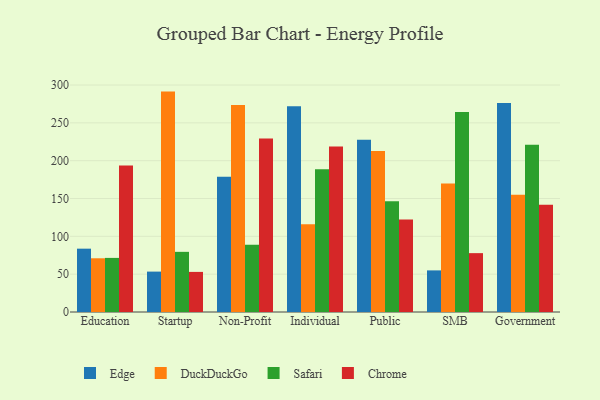
{"axis": {"x": "Segment", "y": "Tickets Resolved"}, "legend": ["Chrome", "DuckDuckGo", "Edge", "Safari"], "data": [{"x": "Education", "y": 83.7, "type": "Edge"}, {"x": "Education", "y": 71.0, "type": "DuckDuckGo"}, {"x": "Education", "y": 71.5, "type": "Safari"}, {"x": "Education", "y": 193.5, "type": "Chrome"}, {"x": "Startup", "y": 53.4, "type": "Edge"}, {"x": "Startup", "y": 291.3, "type": "DuckDuckGo"}, {"x": "Startup", "y": 79.5, "type": "Safari"}, {"x": "Startup", "y": 53.0, "type": "Chrome"}, {"x": "Non-Profit", "y": 178.8, "type": "Edge"}, {"x": "Non-Profit", "y": 273.7, "type": "DuckDuckGo"}, {"x": "Non-Profit", "y": 88.8, "type": "Safari"}, {"x": "Non-Profit", "y": 229.2, "type": "Chrome"}, {"x": "Individual", "y": 272.0, "type": "Edge"}, {"x": "Individual", "y": 116.0, "type": "DuckDuckGo"}, {"x": "Individual", "y": 188.7, "type": "Safari"}, {"x": "Individual", "y": 218.9, "type": "Chrome"}, {"x": "Public", "y": 227.6, "type": "Edge"}, {"x": "Public", "y": 212.9, "type": "DuckDuckGo"}, {"x": "Public", "y": 146.4, "type": "Safari"}, {"x": "Public", "y": 122.3, "type": "Chrome"}, {"x": "SMB", "y": 55.0, "type": "Edge"}, {"x": "SMB", "y": 169.9, "type": "DuckDuckGo"}, {"x": "SMB", "y": 264.5, "type": "Safari"}, {"x": "SMB", "y": 77.8, "type": "Chrome"}, {"x": "Government", "y": 276.2, "type": "Edge"}, {"x": "Government", "y": 155.0, "type": "DuckDuckGo"}, {"x": "Government", "y": 220.9, "type": "Safari"}, {"x": "Government", "y": 141.8, "type": "Chrome"}]}